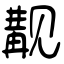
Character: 觏